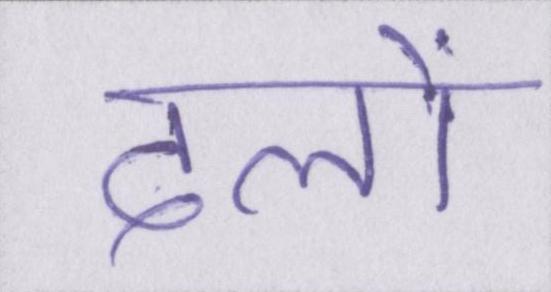
दलों